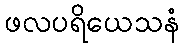
ဖလပရိယေသနံ